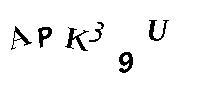
APK39U